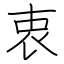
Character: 衷